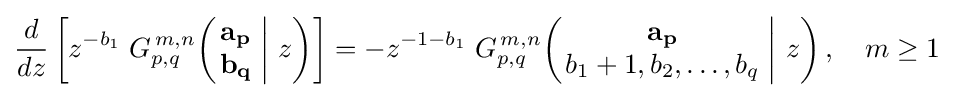
{\frac {d}{dz}}\left[z^{-b_{1}}\;G_{p,q}^{\,m,n}\!\left(\left.{\begin{matrix}\mathbf {a_{p}} \\\mathbf {b_{q}} \end{matrix}}\;\right|\,z\right)\right]=-z^{-1-b_{1}}\;G_{p,q}^{\,m,n}\!\left(\left.{\begin{matrix}\mathbf {a_{p}} \\b_{1}+1,b_{2},\dots ,b_{q}\end{matrix}}\;\right|\,z\right),\quad m\geq 1